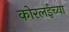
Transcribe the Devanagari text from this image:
कोरलईच्या